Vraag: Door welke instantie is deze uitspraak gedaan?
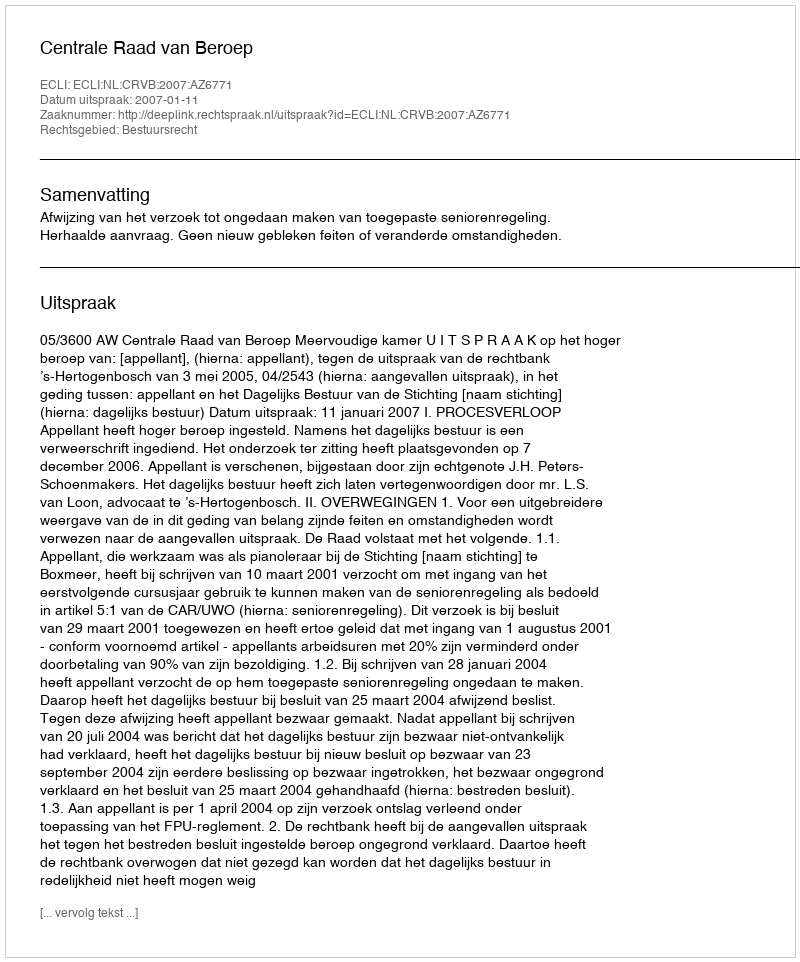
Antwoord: Centrale Raad van Beroep